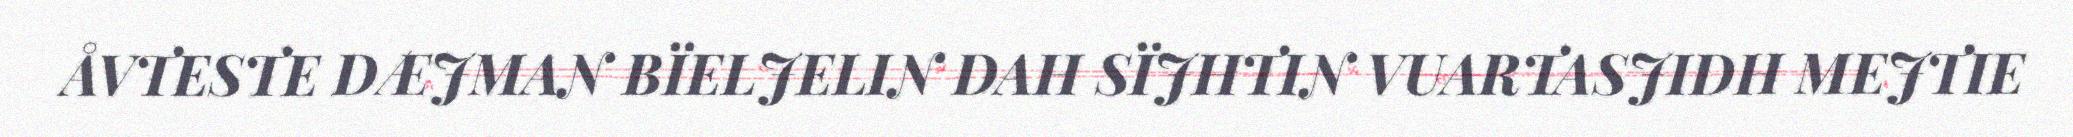
ÅVTESTE DÆJMAN BÏELJELIN DAH SÏJHTIN VUARTASJIDH MEJTIE